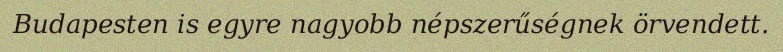
Budapesten is egyre nagyobb népszerűségnek örvendett.